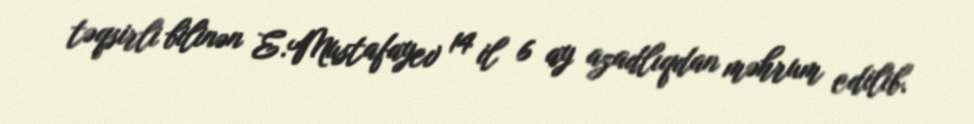
təqsirli bilinən E.Mustafayev 14 il 6 ay azadlıqdan məhrum edilib.